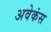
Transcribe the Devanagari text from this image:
अवेकंस